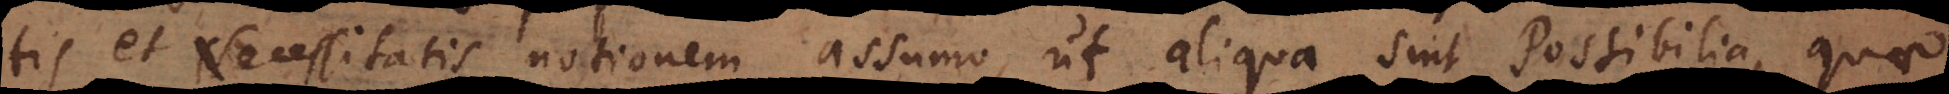
tis et Necessitatis notionem assumo, ut aliqua sint Possibilia, quae